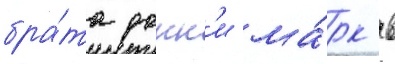
бра́та донн'и ма́рк в